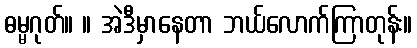
ဓမ္မဂုတ်။ ။ အဲဒီမှာနေတာ ဘယ်လောက်ကြာတုန်း။